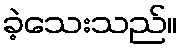
ခဲ့သေးသည်။